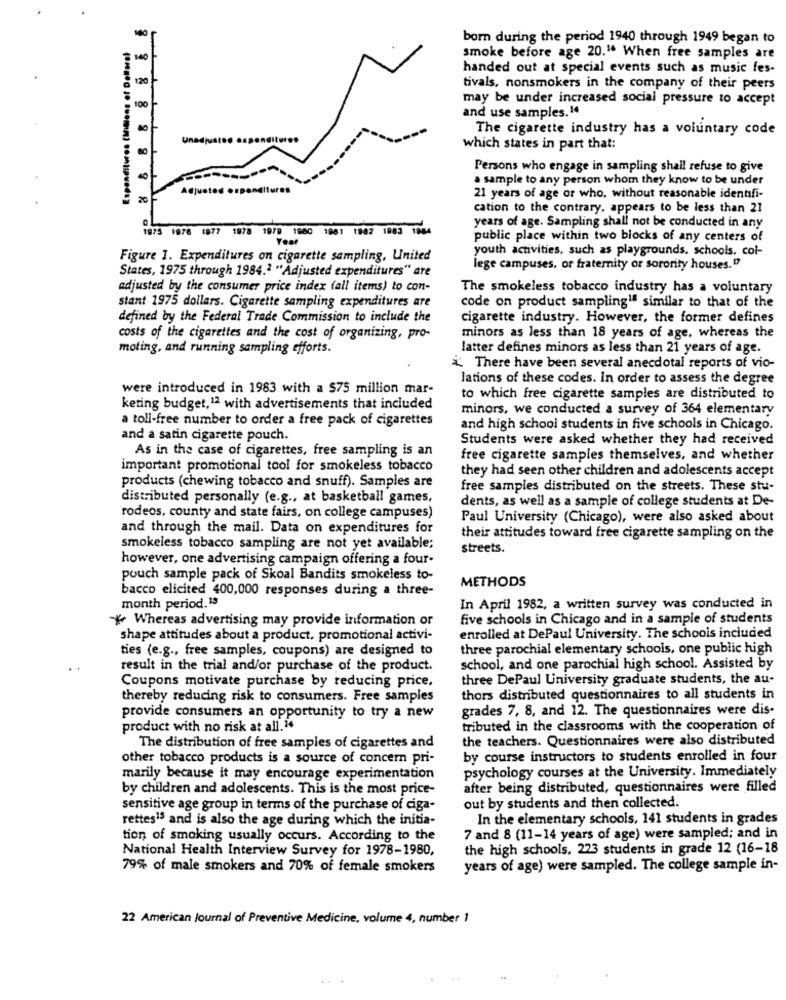
born during the period 1940 through 1949 began to
Espenditures (Millions of Dellaral
140
smoke before age 20.16 When free samples are
handed out at special events such as music fes-
120
tivals, nonsmokers in the company of their peers
may be under increased social pressure to accept
100
and use samples.14
The cigarette industry has a voluntary code
Unadjusted expenditures
which states in part that:
Persons who engage in sampling shall refuse to give
a sample to any person whom they know to be under
Adjunto
tures
21 years of age or who, without reasonable identifi-
cation to the contrary, appears to be less than 21
1975 1076 1877 1978
1979 1980 1901 1902 1083 1884
years of age. Sampling shall not be conducted in any
public place within two blocks of any centers of
youth activities, such as playgrounds, schools. col-
Figure 1. Expenditures on cigarette sampling, United
States, 1975 through 1984.2 "Adjusted expenditures" are
lege campuses, or fraternity or sorority houses."
adjusted by the consumer price index (all items) to con-
The smokeless tobacco industry has a voluntary
stant 1975 dollars. Cigarette sampling expenditures are
code on product sampling1ª similar to that of the
defined by the Federal Trade Commission to include the
cigarette industry. However, the former defines
costs of the cigarettes and the cost of organizing, pro-
minors as less than 18 years of age, whereas the
moting, and running sampling efforts.
latter defines minors as less than 21 years of age.
¿: There have been several anecdotal reports of vio-
lations of these codes. In order to assess the degree
were introduced in 1983 with a $75 million mar-
to which free cigarette samples are distributed to
keting budget,12 with advertisements that included
minors, we conducted a survey of 364 elementary
a toll-free number to order a free pack of cigarettes
and high school students in five schools in Chicago.
and a satin cigarette pouch.
Students were asked whether they had received
As in the case of cigarettes, free sampling is an
free cigarette samples themselves, and whether
important promotional tool for smokeless tobacco
they had seen other children and adolescents accept
products (chewing tobacco and snuff). Samples are
free samples distributed on the streets. These stu-
distributed personally (e.g ., at basketball games,
dents, as well as a sample of college students at De-
rodeos, county and state fairs, on college campuses)
Paul University (Chicago), were also asked about
and through the mail. Data on expenditures for
their attitudes toward free cigarette sampling on the
smokeless tobacco sampling are not yet available;
streets.
however, one advertising campaign offering a four-
pouch sample pack of Skoal Bandits smokeless to-
METHODS
bacco elicited 400,000 responses during a three-
month period.13
In April 1982, a written survey was conducted in
Whereas advertising may provide information or
five schools in Chicago and in a sample of students
shape attitudes about a product, promotional activi-
enrolled at DePaul University. The schools included
ties (e.g ., free samples, coupons) are designed to
three parochial elementary schools, one public high
result in the trial and/or purchase of the product.
school, and one parochial high school. Assisted by
three DePaul University graduate students, the au-
Coupons motivate purchase by reducing price,
thereby reducing risk to consumers. Free samples
thors distributed questionnaires to all students in
grades 7, 8, and 12. The questionnaires were dis-
provide consumers an opportunity to try a new
product with no risk at all.14
tributed in the classrooms with the cooperation of
the teachers. Questionnaires were also distributed
The distribution of free samples of cigarettes and
other tobacco products is a source of concern pri-
by course instructors to students enrolled in four
psychology courses at the University. Immediately
marily because it may encourage experimentation
by children and adolescents. This is the most price-
after being distributed, questionnaires were filled
sensitive age group in terms of the purchase of ciga-
out by students and then collected.
rettes13 and is also the age during which the initia-
In the elementary schools, 141 students in grades
tion of smoking usually occurs. According to the
7 and 8 (11-14 years of age) were sampled; and in
National Health Interview Survey for 1978-1980,
the high schools. 223 students in grade 12 (16-18
79% of male smokers and 70% of female smokers
years of age) were sampled. The college sample in-
22 American Journal of Preventive Medicine, volume 4, number )